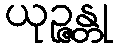
ယုဉ္ဇန္တု